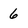
Character: 6